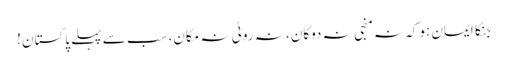
جنکا ایمان ہو کہ نہ منجی نہ دوکان، نہ روٹی نہ مکان، سب سے پہلے پاکستان!